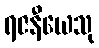
ရဇနီယေသု